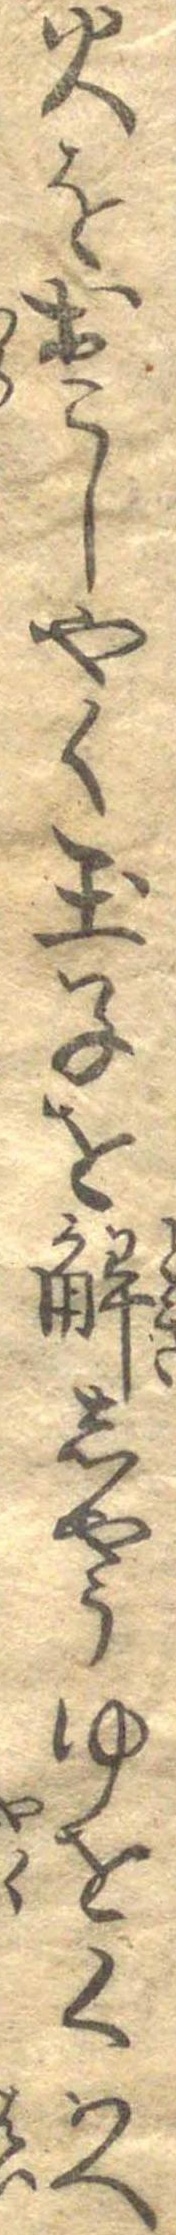
火をおこしやく玉子を解しやうゆをくはへ